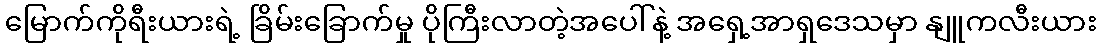
မြောက်ကိုရီးယားရဲ့ ခြိမ်းခြောက်မှု ပိုကြီးလာတဲ့အပေါ်နဲ့ အရှေ့အာရှဒေသမှာ နျူကလီးယား